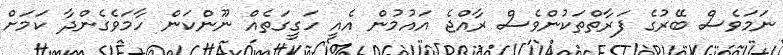
ނަމަވެސް ބޭރުގެ ފަރާތްތަކުންވެސް ރާއްޖެ އައުމުން އެއީ ހަގީގަތެއް ނޫންކަން ހާމަވެގެންދާ ކަމަށް